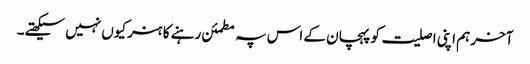
آخر ہم اپنی اصلیت کو پہچان کے اس پہ مطمئن رہنے کا ہنر کیوں نہیں سیکھتے۔